Report on sanitation, dispensaries, and jails in Rajputana for 1920, and on vaccination for the year 1920-1921 - 1920-1921
Year: 1920
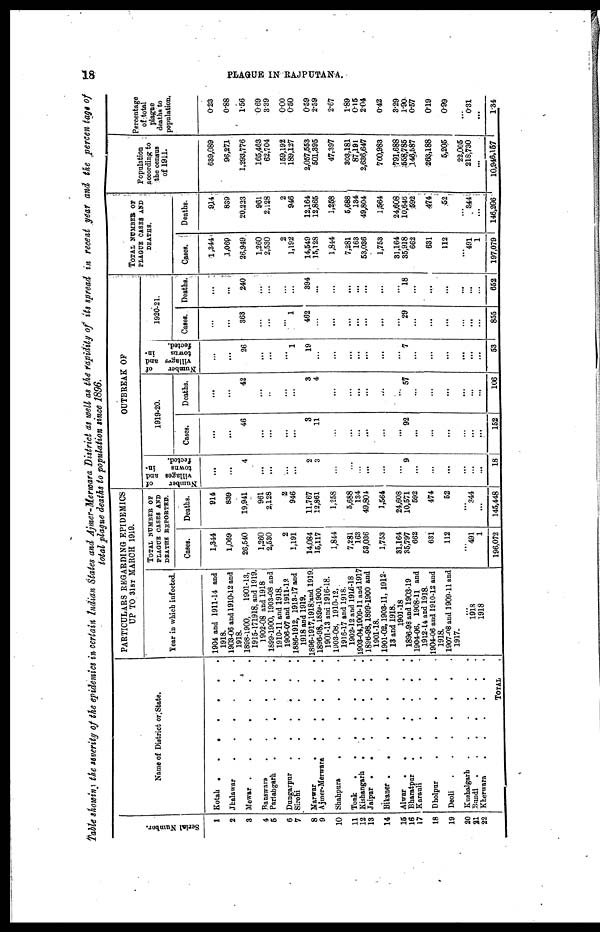
18
PLAGUE IN RAJPUTANA.
Table showing the severity of the epidemics in certain Indian, States and Ajmer-Merwara District as well as the rapidity of its spread in recent year and the percentags of
total plague deaths to population since 1896.
Serial Number.
1
2
3
4
5
6
7
8
9
10
11
12
13
14
15
16
17
18
19
20
21
22
Name of District or State.
Kotah
.
.
.
.
.
Jhalawar
.
.
.
.
.
.
Mewar
.
.
.
.
.
.
Banswara
.
.
.
.
.
Partabgarh
.
.
.
.
.
Dungarpur
.
.
.
.
.
Sirohi
.
.
.
.
.
Marwar
.
.
.
.
.
.
Ajmer-Merwara
.
.
.
.
.
Shahpura
.
.
.
.
.
Tonk . . . .
Kishangarh
.
.
.
.
.
Jaipur
.
.
.
.
.
Bikaner
.
.
.
.
.
.
Alwar
.
.
.
.
.
Bharatpur
.
.
.
.
Karanli
.
.
.
.
.
Dholpur
.
.
.
.
.
Deoli
.
.
.
.
.
Kushalgarh
.
.
.
.
Bundi
.
.
.
.
Kherwara
.
.
.
.
.
TOTAL .
PARTICULARS REGARDING EPIDEMICS
UP TO 31ST MARCH 1919.
Year in which infected.
1904 and 1911-14 and
1918.
1903-06 and 1910-12 and
1918.
1898-1900,
1901-13,
1915-171918, and 1919.
1902-08 and 1918
1899-1900, 1903-08 and
1910-11 and 1918.
1906-07 and 1911-12
1886-1912, 1913-17 and
1918 and 1919.
1896-19l7,1918 and 1919.
1896-98,1899-1900,
1901-13 and 1916-18.
1903-08, 1910-12,
1918-17 and 1918.
1902-12 and 1916-18
1903-04,1909-11 and 1917
1896-98,1899-1900 and
1901-18.
1901-02,1903-11, 1912-
13 and 1918.
1901-18
1896-98 and 1903-19
1904-06, 1908-11 and
1912-14 and 1918.
1904-06 and 1910-12 and
1918.
1907-08 and 1909-11 and
1917.
...
1918
1918
TOTAL NUMBER OF
PLAGUE CASES AND
DEATHS REPORTED.
Cases.
1,344
1,069
26,540
1,260
2,530
2
1,191
14,084
15,117
1,844
7,281
163
58,036
1,753
31,164
35,797
662
631
112
...
491
1
196,072
Deaths.
914
839
19,941
961
2,128
2
946
11,767
12,861
1,258
5,688
134
49,804
1,564
24,608
10,571
592
474
52
...
344
...
145,448
OUTBREAK OF
Number
of
villages and
towns
in-
fected.
...
...
4
...
...
...
...
2
3
...
...
...
...
...
...
9
...
...
...
...
...
...
18
1919-20.
Cases.
...
...
46
...
...
...
...
3
11
...
...
...
...
...
...
92
...
...
...
...
...
...
152
Deaths.
...
...
42
...
...
...
...
3
4
...
...
...
...
...
...
57
...
...
...
...
...
...
106
Number
of
village and
towns
in-
fected.
...
...
26
...
...
...
1
19
...
...
...
...
...
...
...
7
...
...
...
...
...
...
53
1920-21.
Cases.
...
...
363
...
...
...
1
462
...
...
...
...
...
...
...
29
...
...
...
...
...
...
855
Deaths.
...
...
240
...
...
...
...
394
...
...
...
...
...
...
...
18
...
...
...
...
...
...
652
TOTAL NUMBER OF
PLAGUE CASES AND
DEATHS.
Cases.
1,344
1,069
26,949
1,260
2,530
2
1,192
14,549
15,128
1,844
7,281
163
53,036
1,753
31,164
35,918
662
631
112
...
491
1
197,079
Deaths.
914
839
20,223
961
2,128
2
946
12,164
12,385
1,258
5,688
134
49,804
1,564
24,608
10,646
592
474
52
...
344
...
146,206
Population
according to
the census
of 1911.
639,089
96,271
1,293,776
165,463
62,704
159,192
189,127
2,057,553
501,395
47,397
303,181
87,191
2,636,647
700,988
791,688
558,785
146,587
263,188
5,205
22,005
218,730
...
10,946,157
Percentage
of total
plague
deaths to
population.
0.28
0.88
1.56
0.69
3.39
0.00
0.50
0.59
2.59
2.67
1.89
0.15
2.04
0.42
3.29
1.90
0.57
0.19
0.99
...
0.31
...
1.34